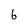
Character: 6